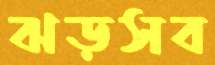
ঝড়সব